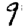
Digit: 9